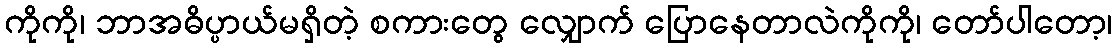
ကိုကို၊ ဘာအဓိပ္ပာယ်မရှိတဲ့ စကားတွေ လျှောက် ပြောနေတာလဲကိုကို၊ တော်ပါတော့၊